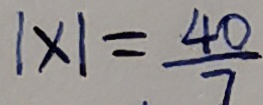
\vert x \vert = \frac { 4 0 } { 7 }